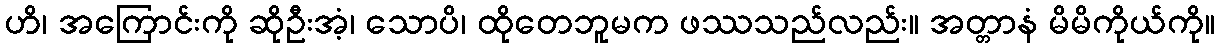
ဟိ၊ အကြောင်းကို ဆိုဦးအံ့၊ သောပိ၊ ထိုတေဘူမက ဖဿသည်လည်း။ အတ္တာနံ မိမိကိုယ်ကို။